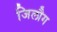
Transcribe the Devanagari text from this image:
जिलौग